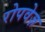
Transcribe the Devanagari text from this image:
रोपवेज़